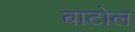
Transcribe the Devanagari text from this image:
बाटोल